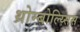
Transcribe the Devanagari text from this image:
थ्रोम्बोल्य्सिस